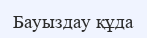
Бауыздау құда